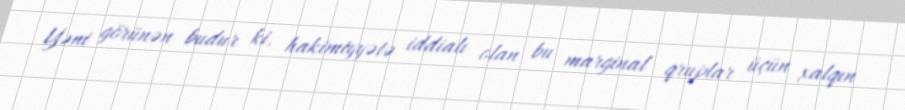
Yəni görünən budur ki, hakimiyyətə iddialı olan bu marginal qruplar üçün xalqın